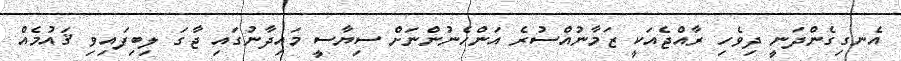
އެނގިގެންދަނީ ދިވެހި ރާއްޖެއަކީ ޒަމާނުއްސުރެ އަންހެނުންނަށް ސިޔާސީ މައިދާނުގައި ޖާގަ ލިބިފައިވި ޤައުމެއް